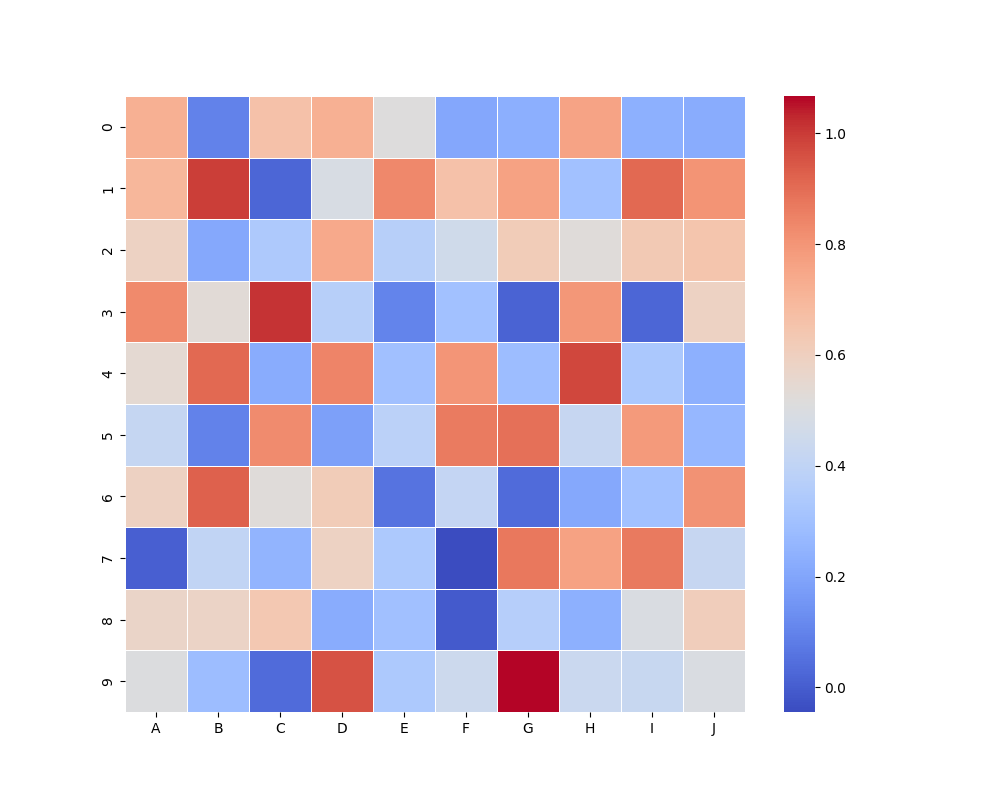
python, seaborn, heatmap, cmap='coolwarm', linewidths=0.5, center=none